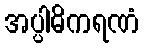
အပ္ပါဓိကရဏံ